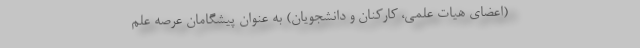
(اعضای هیات علمی، کارکنان و دانشجویان) به عنوان پیشگامان عرصه علم